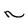
Character: n